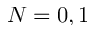
N = 0 , 1